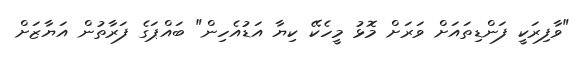
"ވާފިރަކީ ފަންޑިތައަށް ވަރަށް މޮޅު މީހެކޭ ކިޔާ އަޑުއެހިން" ބައްޕަގެ ފަރާތުން އަޔާޒަށް